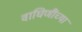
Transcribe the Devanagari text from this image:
वाघिणींच्या